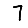
Digit: 7